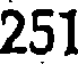
251